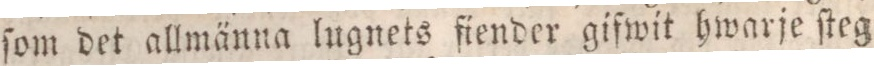
ſom det allmänna lugnets fiender gifwit hwarje ſteg